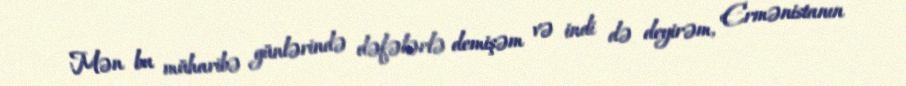
Mən bu müharibə günlərində dəfələrlə demişəm və indi də deyirəm, Ermənistanın